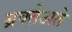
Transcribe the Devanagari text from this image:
ब्रक्तेअते